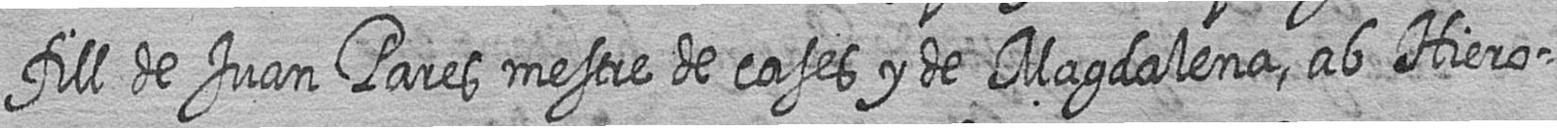
fill de Juan Pares mestre de cases y de Magdalena ab Hiero=